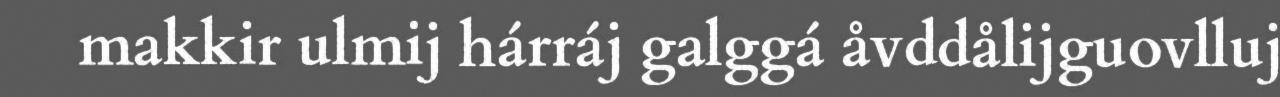
makkir ulmij hárráj galggá åvddålijguovlluj